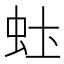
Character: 𬟶